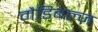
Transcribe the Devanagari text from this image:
मैडिबल्ज़